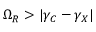
\Omega _ { R } > | \gamma _ { C } - \gamma _ { X } |